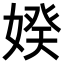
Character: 𡞳